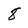
Character: 8